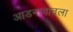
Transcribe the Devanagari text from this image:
आडनावातला